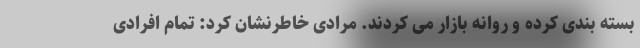
بسته بندی کرده و روانه بازار می کردند. مرادی خاطرنشان کرد: تمام افرادی